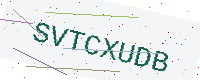
Text: SVTCXUDB